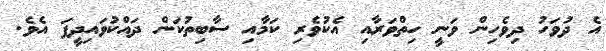
އެ ދުވަހު ދިވެހިން ވަނީ ހިތްވަރާއި އެކުވެރި ކަމާއި ސާބިތުކަން ދައްކުވައިދީފަ އެވެ.